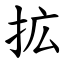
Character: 拡